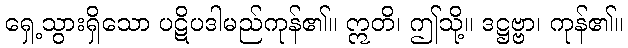
ရှေ့သွားရှိသော ပဋိပဒါမည်ကုန်၏။ ဣတိ၊ ဤသို့။ ဒဋ္ဌဗ္ဗာ၊ ကုန်၏။